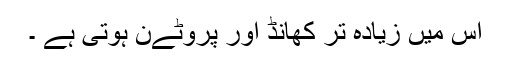
اس میں زیادہ تر کھانڈ اور پروٹےن ہوتی ہے ۔